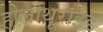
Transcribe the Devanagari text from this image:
होलोथूराइड